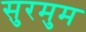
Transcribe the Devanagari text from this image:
सुरमुम